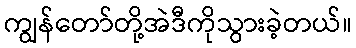
ကျွန်တော်တို့အဲဒီကိုသွားခဲ့တယ်။